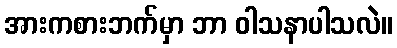
အားကစားဘက်မှာ ဘာ ဝါသနာပါသလဲ။